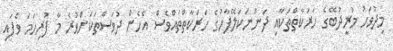
މިދުވަހު މުރީދުބޭގެ ހަރަކާތްތަކާއި ދަންނަކަލޭފާހުގެ ހަރަކާތްތައްވެސް އެހެން ދުވަސްތަކަށްވުރެ މާ ފުރިހަމަ ވެފައި